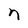
Character: n